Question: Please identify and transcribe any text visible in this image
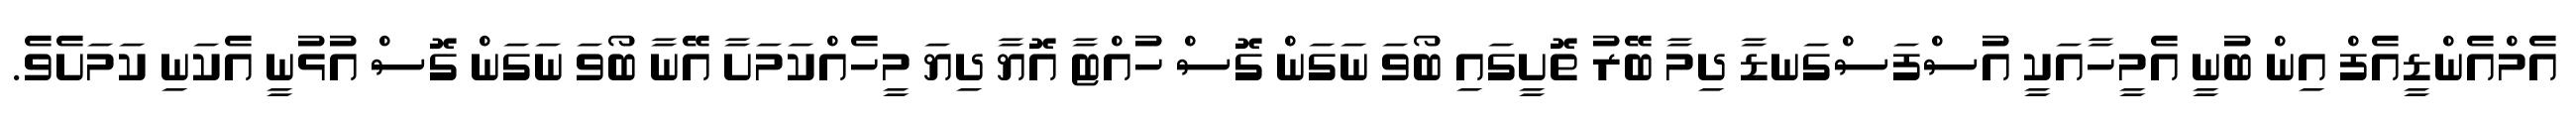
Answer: އެމްއެންޑީއެފް އިން ބުނީ އެމީހާއަކީ އުސްފަސްގަނޑާ ދިމާ ބޭރު ތޮށީގައި ބޯވަ ނަގަން ގޮސް ހުއްޓާ އޮޔާ ދިޔަ މީހެއްކަމަށާ އޭނާ ބޯވަ ނަގަން ގޮސް އުޅުނީ އެކަނި ކަމަށެވެ.